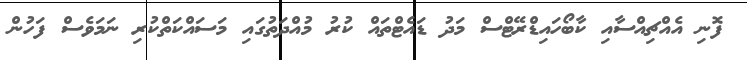
ފޮނި އެއްޗިއްސާއި ކާބޯހައިޑްރޭޓްސް މަދު ޑައެޓްތައް ކުރު މުއްދަތުގައި މަސައްކަތްކުރި ނަމަވެސް ފަހުން